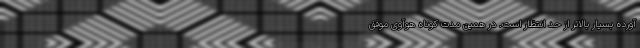
آورده بسیار بالاتر از حد انتظار است. در همین مدت کوتاه هوآوی موفق